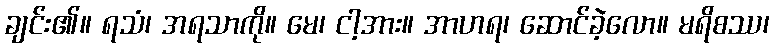
ချင်း၏။ ရသံ၊ အရသာကို။ မေ၊ ငါ့အား။ အာဟရ၊ ဆောင်ခဲ့လော။ မရိစဿ၊